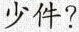
少件？